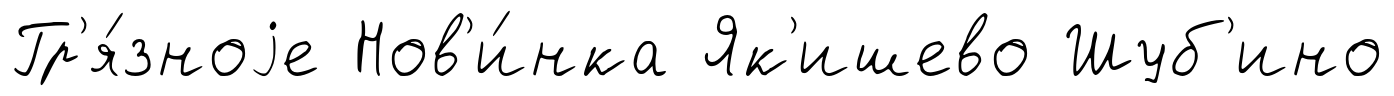
Гр'я́зноjе Нов'и́нка Як'ишево Шуб'ино